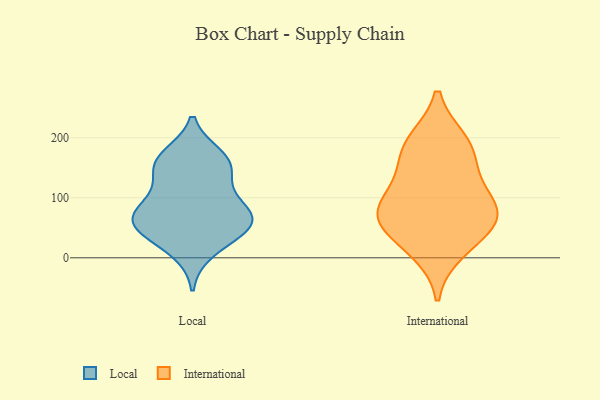
{"axis": {"x": "Energy Usage (MWh)", "y": "Value"}, "legend": ["International", "Local"], "data": [{"x": "", "y": 169, "type": "Local"}, {"x": "", "y": 111, "type": "Local"}, {"x": "", "y": 46, "type": "Local"}, {"x": "", "y": 84, "type": "Local"}, {"x": "", "y": 61, "type": "Local"}, {"x": "", "y": 53, "type": "Local"}, {"x": "", "y": 160, "type": "Local"}, {"x": "", "y": 48, "type": "Local"}, {"x": "", "y": 67, "type": "Local"}, {"x": "", "y": 80, "type": "Local"}, {"x": "", "y": 11, "type": "Local"}, {"x": "", "y": 154, "type": "Local"}, {"x": "", "y": 151, "type": "Local"}, {"x": "", "y": 86, "type": "International"}, {"x": "", "y": 12, "type": "International"}, {"x": "", "y": 122, "type": "International"}, {"x": "", "y": 72, "type": "International"}, {"x": "", "y": 40, "type": "International"}, {"x": "", "y": 72, "type": "International"}, {"x": "", "y": 189, "type": "International"}, {"x": "", "y": 194, "type": "International"}, {"x": "", "y": 159, "type": "International"}, {"x": "", "y": 70, "type": "International"}]}